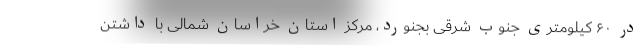
در ۶۰ کیلومتری جنوب شرقی بجنورد، مرکز استان خراسان شمالی با داشتن